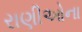
રાણીઓના